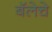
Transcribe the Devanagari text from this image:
बॅलेचे